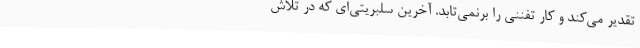
تقدیر می‌کند و کار تفننی را برنمی‌تابد. آخرین سلبریتی‌ای که در تلاش